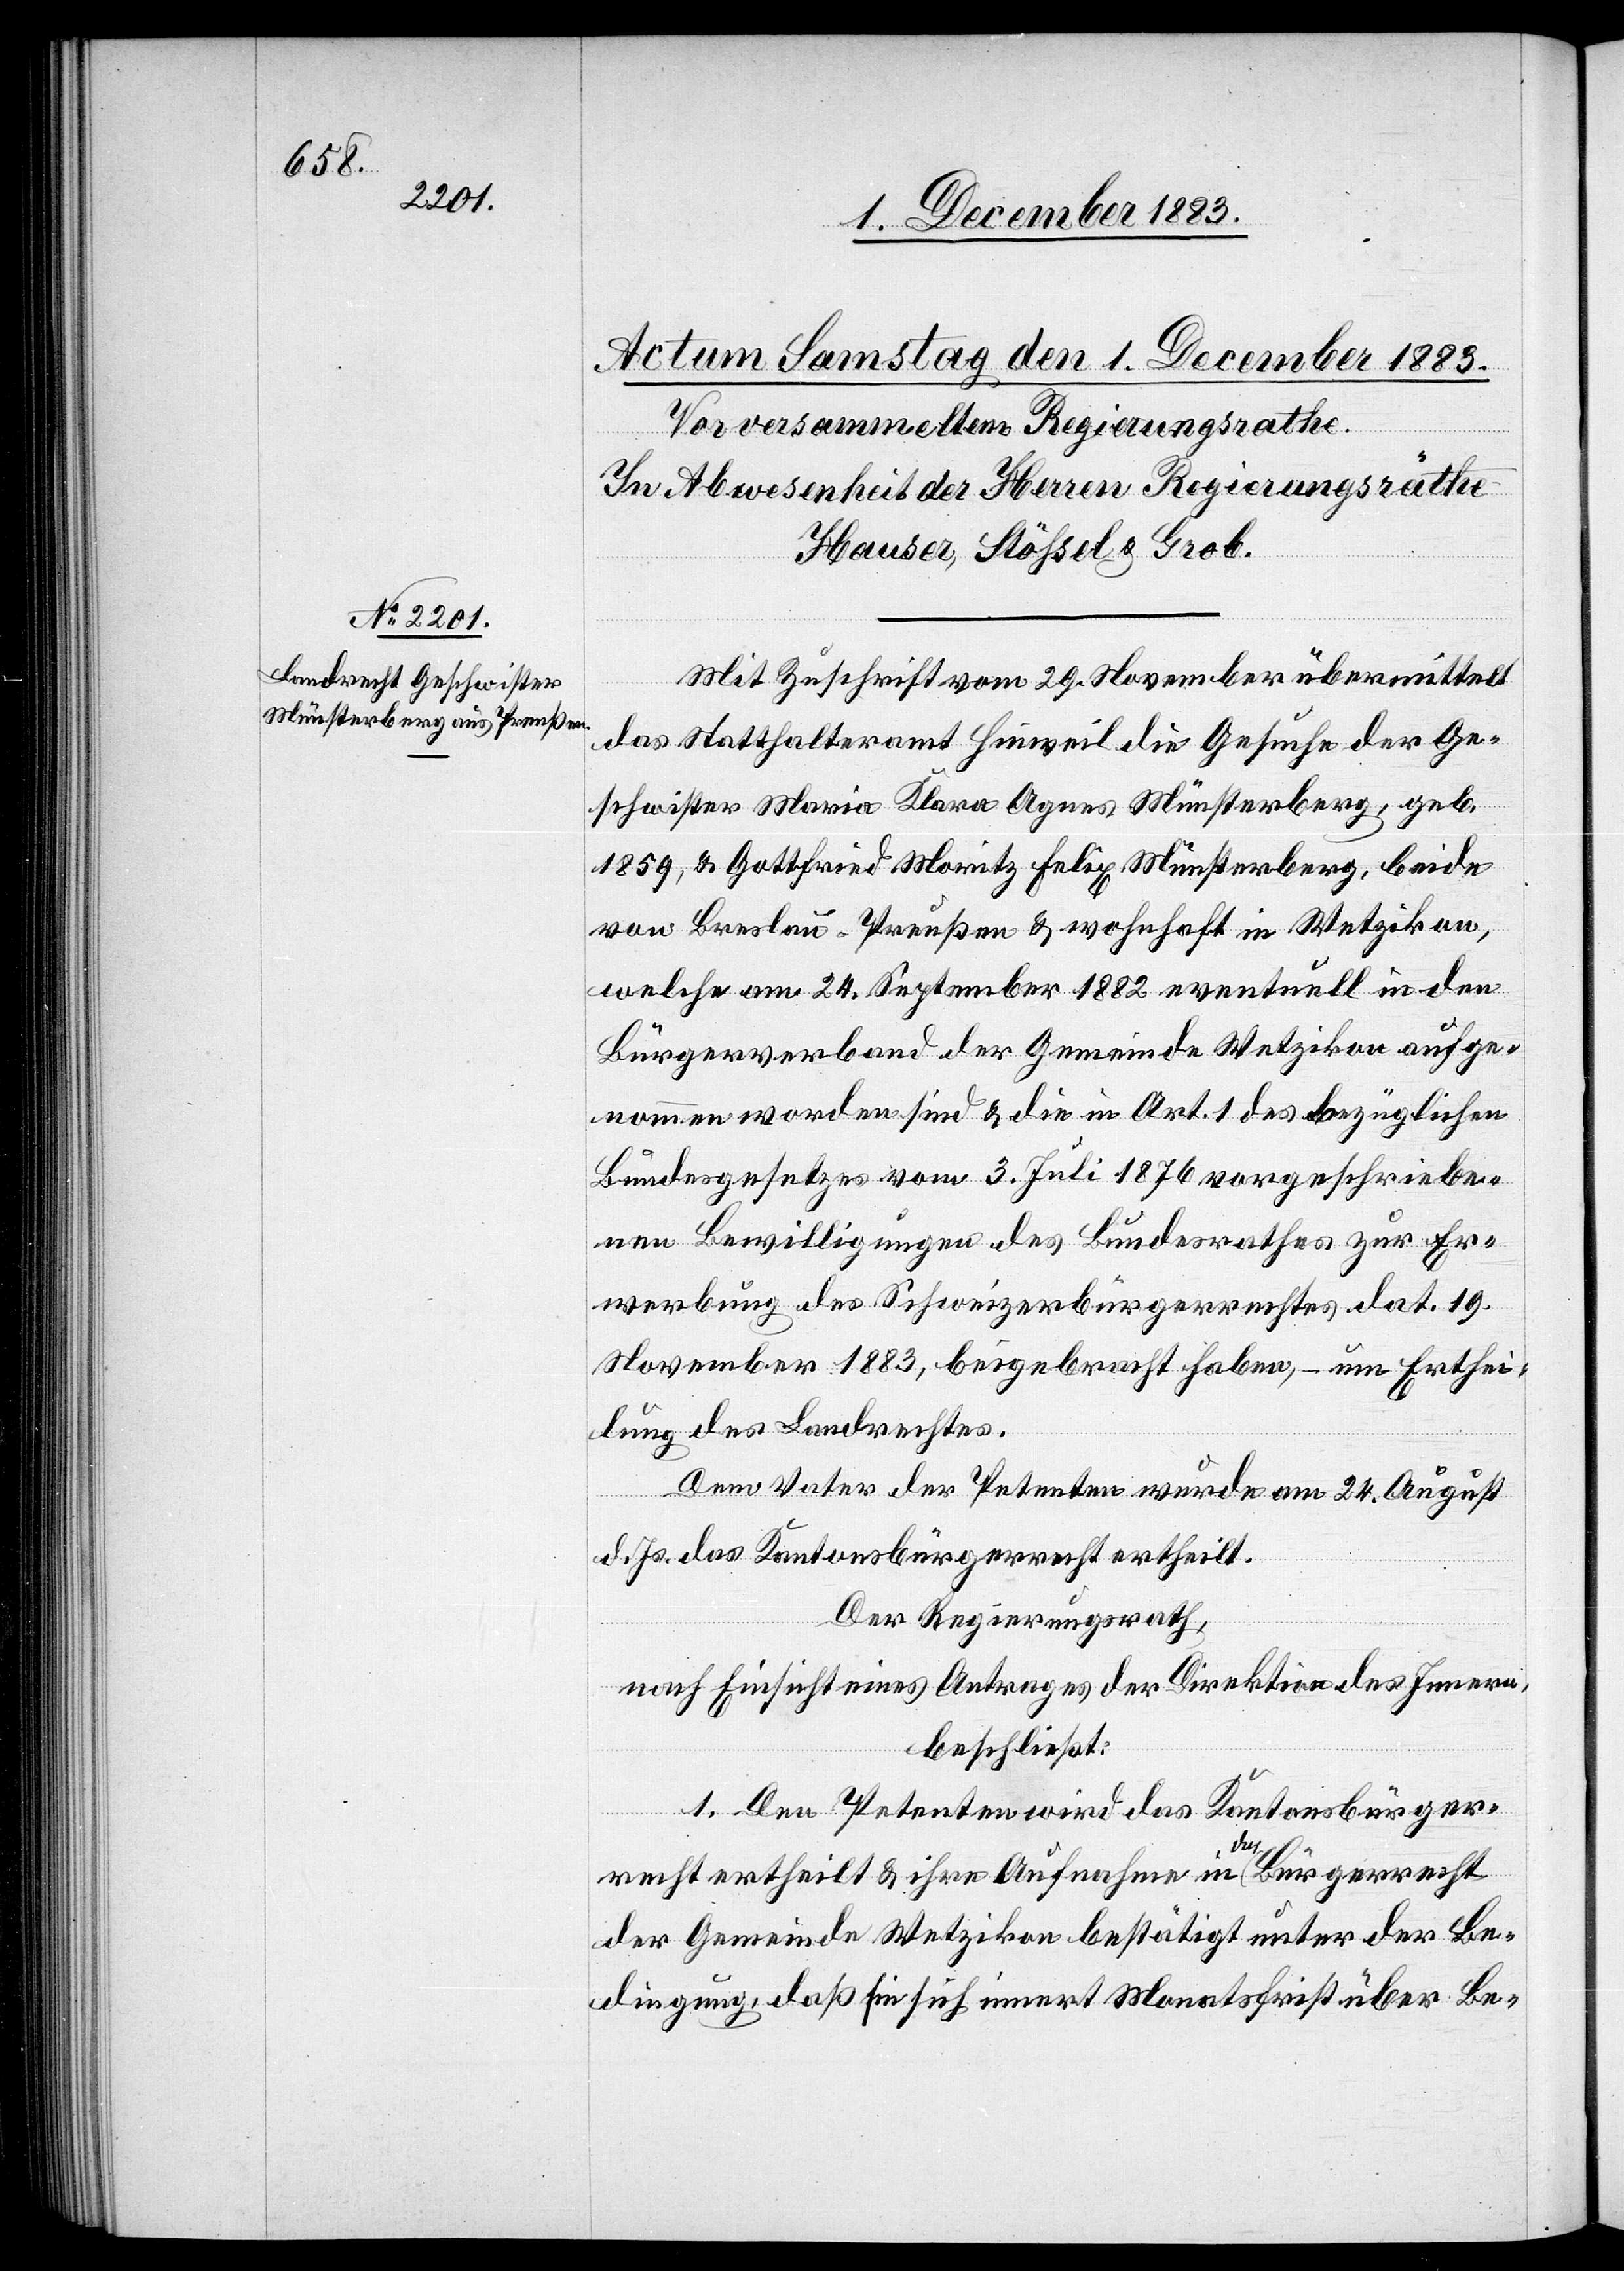
Mit Zuschrift vom 29. November übermittelt
das Statthalteramt Hinweil die Gesuche der Ge¬
schwister Maria Klara Agnes Münsterberg, geb.
1859, & Gottfried Moritz Felix Münsterberg, beide
von Breslau - Preußen & wohnhaft in Wetzikon,
welche am 24. September 1882 eventuell in den
Bürgerverband der Gemeinde Wetzikon aufge¬
nommen worden sind & die in Art. 1 des bezüglichen
Bundesgesetzes vom 3. Juli 1876 vorgeschriebe¬
nen Bewilligungen des Bundesrathes zur Er¬
werbung des Schweizerbürgerrechtes dat. 19.
November 1883, beigebracht haben, – um Erthei¬
lung des Landrechtes.
Dem Vater der Petenten wurde am 24. August
d. Js. das Kantonsbürgerrecht ertheilt.
Der Regierungsrath,
nach Einsicht eines Antrages der Direktion des Innern,
beschließt:
1. Den Petenten wird das Kantonsbürger¬
recht ertheilt & ihre Aufnahme in das Bürgerrecht
der Gemeinde Wetzikon bestätigt unter der Be¬
dingung, daß sie sich innert Monatsfrist über Be-